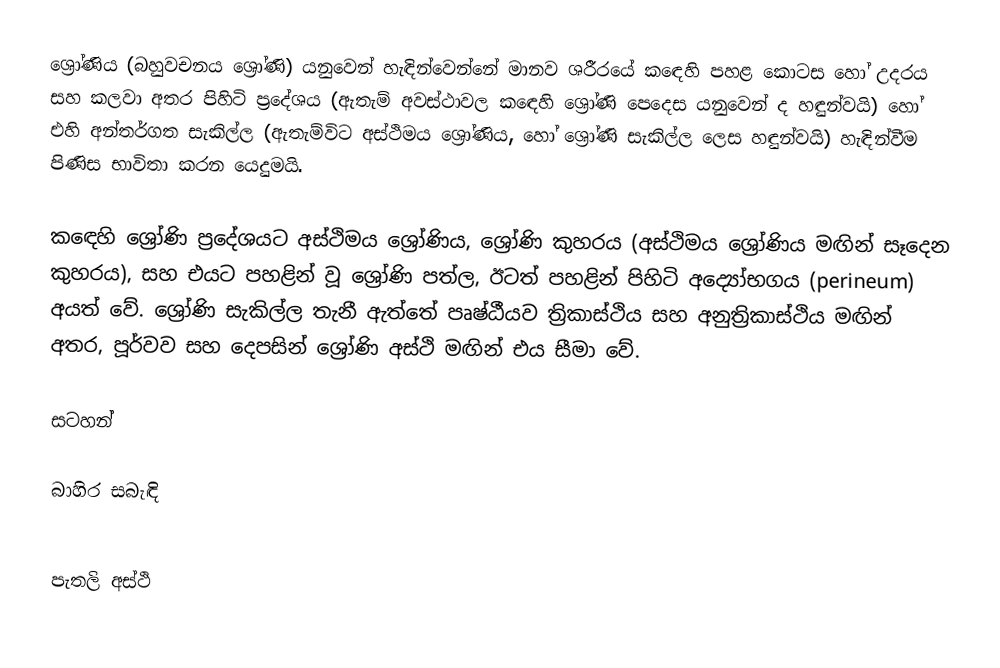
ශ්‍රෝණිය (බහුවචනය ශ්‍රෝණි) යනුවෙන් හැඳින්වෙන්නේ මානව ශරීරයේ කඳෙහි පහළ කොටස හෝ උදරය සහ කලවා අතර පිහිටි ප්‍රදේශය (ඇතැම් අවස්ථාවල කඳෙහි ශ්‍රෝණි පෙදෙස යනුවෙන් ද හඳුන්වයි) හෝ එහි අන්තර්ගත සැකිල්ල (ඇතැම්විට අස්ථිමය ශ්‍රෝණිය, හෝ ශ්‍රෝණි සැකිල්ල ලෙස හඳුන්වයි) හැඳින්වීම පිණිස භාවිතා කරන යෙදුමයි.

කඳෙහි ශ්‍රෝණි ප්‍රදේශයට අස්ථිමය ශ්‍රෝණිය, ශ්‍රෝණි කුහරය (අස්ථිමය ශ්‍රෝණිය මඟින් සෑදෙන කුහරය), සහ එයට පහළින් වූ ශ්‍රෝණි පත්ල, ඊටත් පහළින් පිහිටි අද්‍යෝභගය (perineum) අයත් වේ. ශ්‍රෝණි සැකිල්ල තැනී ඇත්තේ පෘෂ්ඨීයව ත්‍රිකාස්ථිය සහ අනුත්‍රිකාස්ථිය මඟින් අතර, පූර්වව සහ දෙපසින් ශ්‍රෝණි අස්ථි මඟින් එය සීමා වේ.

සටහන්

බාහිර සබැඳි

පැතලි අස්ථි